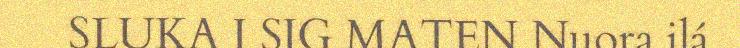
SLUKA I SIG MATEN Nuora ilá